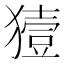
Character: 𤡬